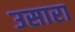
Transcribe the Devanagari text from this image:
उसारा